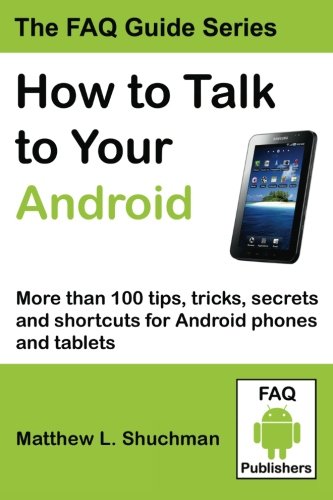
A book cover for How to Talk to Your Android: More than 100 tips, tricks, secrets and shortcuts for Android phones and tablets; Matthew L Shuchman; Computers & Technology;